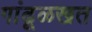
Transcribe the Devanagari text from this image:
गांढूळखत